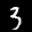
Label: 3